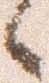
候